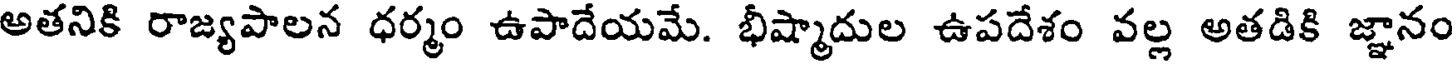
అతనికి రాజ్యపాలన ధర్మం ఉపాదేయమే. భీష్మాదుల ఉపదేశం వల్ల అతడికి జ్ఞానం